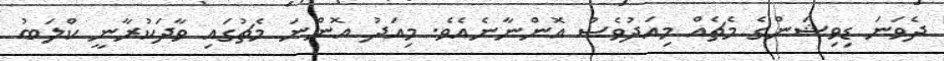
ދެވަނަ ޑިވިޝަންގެ މެޗެއް މިއަދުވެސް އޮންނާނެއެވެ. މިއަދު އޮންނަ މެޗުގައި ވާދަކުރާނީ ކްލަބު